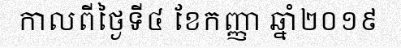
កាលពីថ្ងៃទី៤ ខែកញ្ញា ឆ្នាំ២០១៩